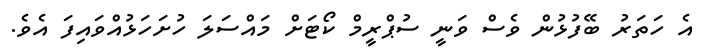
އެ ހަތަރު ބޭފުޅުން ވެސް ވަނީ ސުޕްރީމް ކޯޓަށް މައްސަލަ ހުށަހަޅުއްވައިފަ އެވެ.